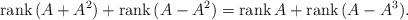
LaTeX: \begin{align*}\mathrm{rank}\, (A+A^{2})+\mathrm{rank}\, (A-A^{2})=\mathrm{rank}\,A+\mathrm{rank}\, (A-A^{3}).\end{align*}